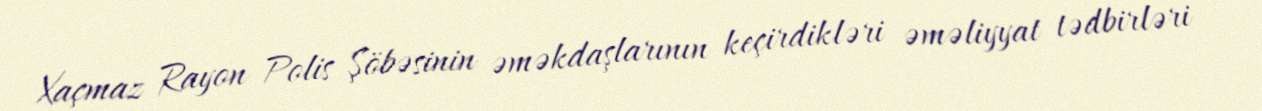
Xaçmaz Rayon Polis Şöbəsinin əməkdaşlarının keçirdikləri əməliyyat tədbirləri